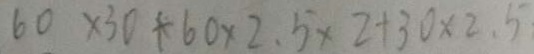
6 0 \times 3 0 + 6 0 \times 2 . 5 \times 2 + 3 0 \times 2 . 5